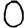
Digit: 0